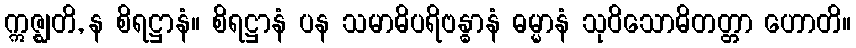
ဣဇ္ဈတိ, န စိရဋ္ဌာနံ။ စိရဋ္ဌာနံ ပန သမာဓိပရိဗန္ဓာနံ ဓမ္မာနံ သုဝိသောဓိတတ္တာ ဟောတိ။